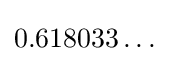
0.618033\ldots